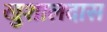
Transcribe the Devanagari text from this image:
खुशालदास